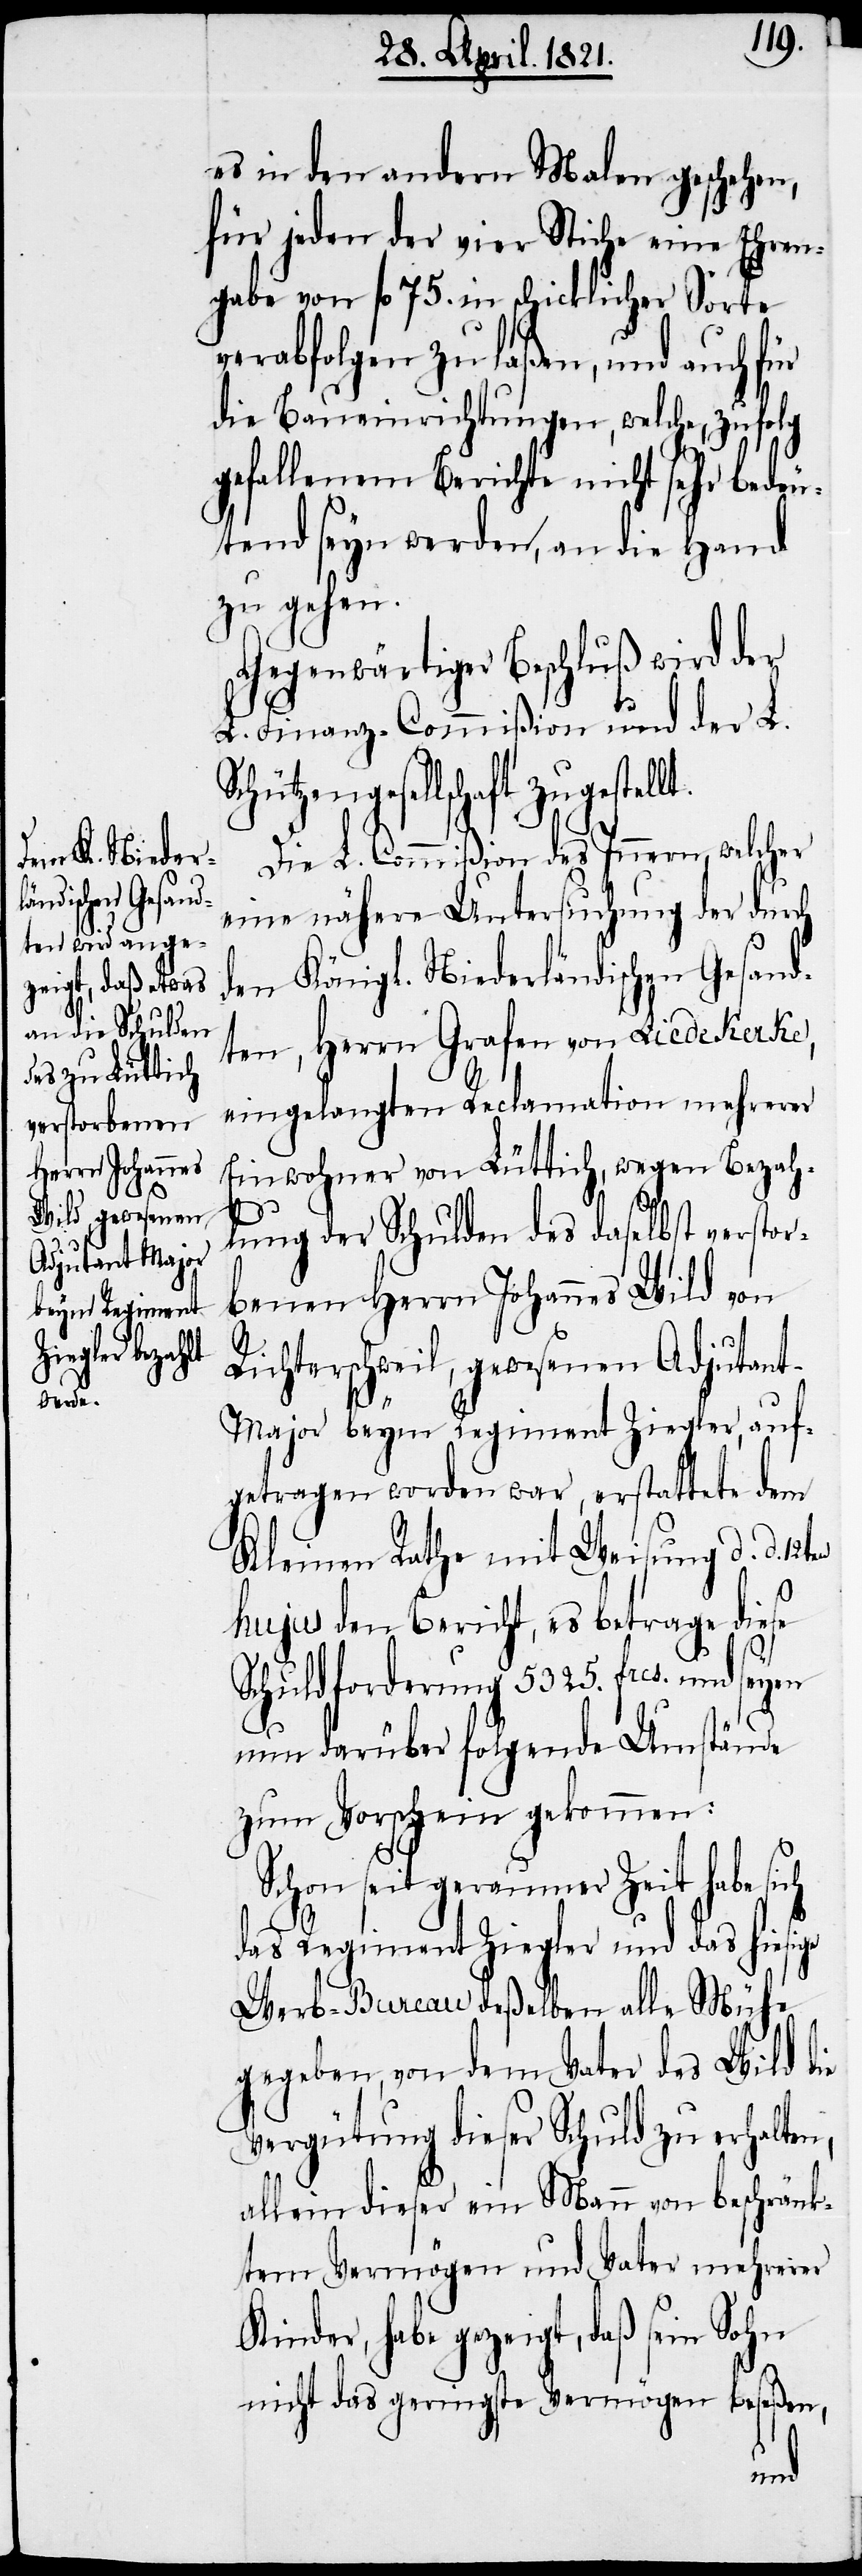
lt.
Sch¬

es in den andern Malen geschehen,
für jeden der vier Stiche eine Ehren¬
gabe von fl. 75. in schicklicher Sorte
verabfolgen zu laßen, und auch für
die Baueinrichtungen, welche, zufolg
gefallenem Berichte nicht sehr bedeu¬
tend seyn werden, an die Hand
zu gehen.
Gegenwärtiger Beschluß wird der
L. Finanz-Commißion und der L.
ützengesellschaft zugestel¬
Die L. Commißion des Innern, welcher
eine nähere Untersuchung der durch
den Königl. Niederländischen Gesand¬
ten, Herrn Grafen von Liedekerke,
eingelangten Reclamation mehrerer
Einwohner von Lüttich, wegen Bezah¬
lung der Schulden des daselbst verstor¬
benen Herrn Johannes Wild von
Richterschweil, gewesenen Adjutan¬
t-Major beym Regiment Ziegler, auf¬
getragen worden war, erstattete dem
Kleinen Rathe mit Weisung d. d. 12t¬
hujus den Bericht, es betrage diese
Schuldforderung 5325. frcs. und seyen
nun darüber folgende Umstände
zum Vorschein gekommen:
Schon seit geraumer Zeit habe sich
das Regiment Ziegler und das hiesige
Werb-Bureau deßelben alle Mühe
gegeben, von dem Vater des Wild die
Vergütung dieser Schuld zu erhalten,
allein dieser ein Mann von beschränk¬
tem Vermögen und Vater mehrerer
Kinder, habe gezeigt, daß sein Sohn
nicht das geringste Vermögen beseßen,
en